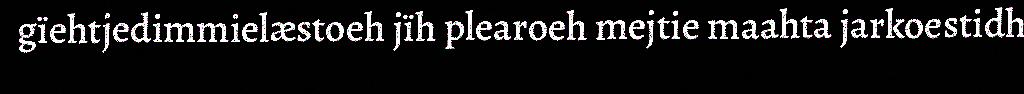
gïehtjedimmielæstoeh jïh plearoeh mejtie maahta jarkoestidh